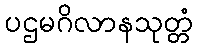
ပဌမဂိလာနသုတ္တံ